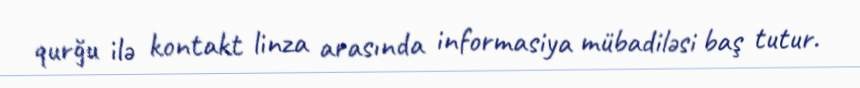
qurğu ilə kontakt linza arasında informasiya mübadiləsi baş tutur.